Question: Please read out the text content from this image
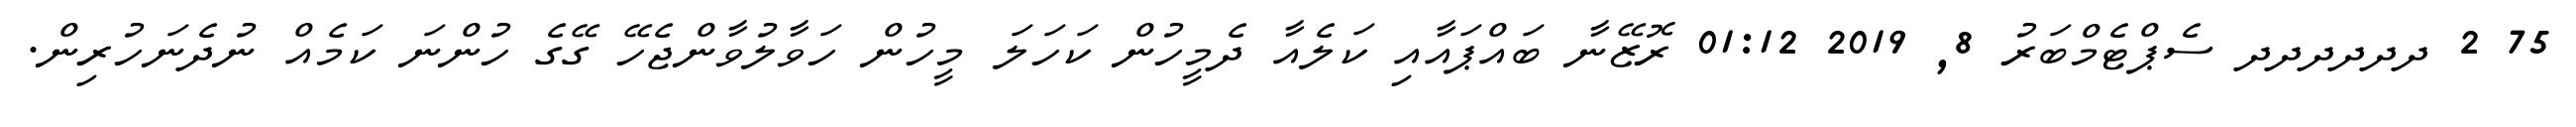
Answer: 75 2 ދދދދދދ ސެޕްޓެމްބަރު 8, 2019 01:12 ރޮޒޭނާ ބައްޕައާއި ކަލެއާ ދެމީހުން ކަހަލަ މީހުން ހަވާލުވާންޖެހޭ ގޭގެ ހުންނަ ކަމެއް ނުދެނަހުރިން.